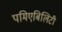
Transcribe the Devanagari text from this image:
पमिएबिलिटी